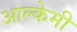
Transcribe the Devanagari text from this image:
आल्‍केमी